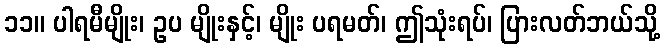
၁၁။ ပါရမီမျိုး၊ ဥပ မျိုးနှင့်၊ မျိုး ပရမတ်၊ ဤသုံးရပ်၊ ပြားလတ်ဘယ်သို့